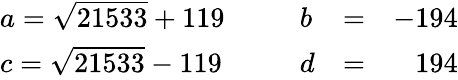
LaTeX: \left.\begin{array}{llllr}{{a=\sqrt{21533}+119\, }}&{{\, \, \, }}&{{b}}&{{=}}&{{-194}}\\ {{c=\sqrt{21533}-119\, }}&{{\, \, \, }}&{{d}}&{{=}}&{{194}}\end{array}\right.